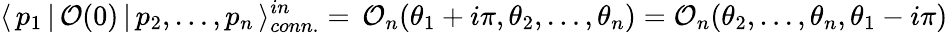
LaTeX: \langle\, p_{1}\, |\, \mathcal{O}(0)\, |\, p_{2},\dots,p_{n}\, \rangle_{conn.}^{in}=\, \mathcal{O}_{n}(\theta_{1}+i\pi,\theta_{2},\dots,\theta_{n})=\mathcal{O}_{n}(\theta_{2},\dots,\theta_{n},\theta_{1}-i\pi)